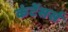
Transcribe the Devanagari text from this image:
कंटेंसर्स